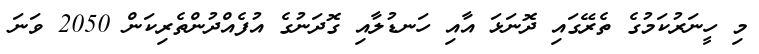
މި ހީނަރުކަމުގެ ތެރޭގައި ދޮނަޅަ އާއި ހަނޑުލާއި ގޮދަނުގެ އުފެއްދުންތެރިކަން 2050 ވަނަ